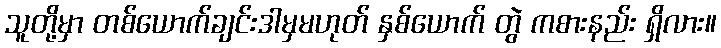
သူတို့မှာ တစ်ယောက်ချင်းဒါမှမဟုတ် နှစ်ယောက် တွဲ ကစားနည်း ရှိလား။